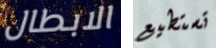
الابطال تستطيع